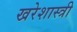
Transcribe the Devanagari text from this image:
खरेशास्त्री